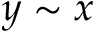
y \sim x